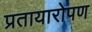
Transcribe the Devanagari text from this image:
प्रतायारोपण